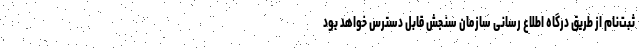
ثبت‌نام از طریق درگاه اطلاع رسانی سازمان سنجش قابل دسترس خواهد بود